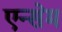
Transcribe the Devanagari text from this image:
एन्सेम